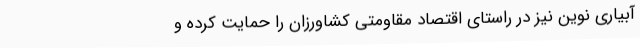
آبیاری نوین نیز در راستای اقتصاد مقاومتی کشاورزان را حمایت کرده و